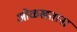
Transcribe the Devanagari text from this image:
ओळखताना